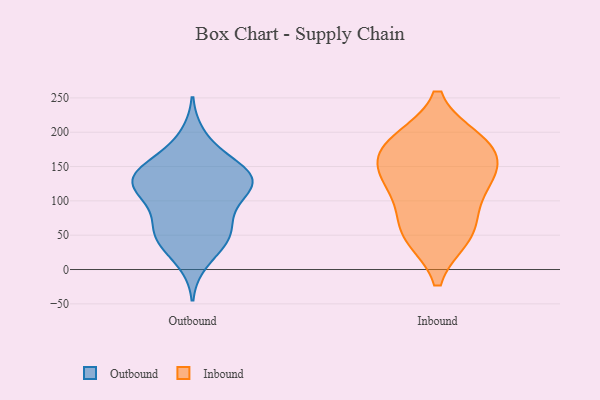
{"axis": {"x": "Website Visitors", "y": "Value"}, "legend": ["Inbound", "Outbound"], "data": [{"x": "", "y": 136, "type": "Outbound"}, {"x": "", "y": 137, "type": "Outbound"}, {"x": "", "y": 138, "type": "Outbound"}, {"x": "", "y": 137, "type": "Outbound"}, {"x": "", "y": 194, "type": "Outbound"}, {"x": "", "y": 75, "type": "Outbound"}, {"x": "", "y": 104, "type": "Outbound"}, {"x": "", "y": 58, "type": "Outbound"}, {"x": "", "y": 170, "type": "Outbound"}, {"x": "", "y": 47, "type": "Outbound"}, {"x": "", "y": 120, "type": "Outbound"}, {"x": "", "y": 118, "type": "Outbound"}, {"x": "", "y": 139, "type": "Outbound"}, {"x": "", "y": 100, "type": "Outbound"}, {"x": "", "y": 51, "type": "Outbound"}, {"x": "", "y": 12, "type": "Outbound"}, {"x": "", "y": 149, "type": "Outbound"}, {"x": "", "y": 53, "type": "Outbound"}, {"x": "", "y": 118, "type": "Outbound"}, {"x": "", "y": 35, "type": "Outbound"}, {"x": "", "y": 161, "type": "Inbound"}, {"x": "", "y": 49, "type": "Inbound"}, {"x": "", "y": 123, "type": "Inbound"}, {"x": "", "y": 180, "type": "Inbound"}, {"x": "", "y": 183, "type": "Inbound"}, {"x": "", "y": 49, "type": "Inbound"}, {"x": "", "y": 187, "type": "Inbound"}, {"x": "", "y": 70, "type": "Inbound"}, {"x": "", "y": 123, "type": "Inbound"}, {"x": "", "y": 137, "type": "Inbound"}]}